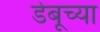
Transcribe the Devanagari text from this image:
डेबूच्या